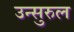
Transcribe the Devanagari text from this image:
उन्सुरुल